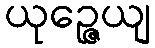
ယုဉ္ဇေယျ